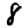
Digit: 8